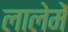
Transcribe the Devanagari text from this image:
लालेमें